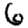
Digit: 6